Veterinary regulations India, 1925 -
Year: 1925
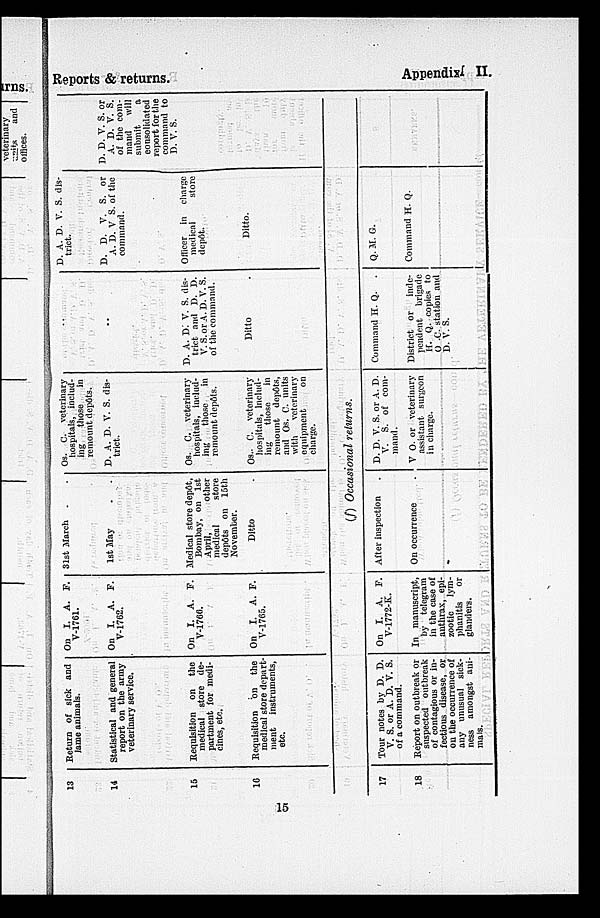
Reports & returns.
Appendix.
II.
13
14
15
16
Return of sick and
lame animals.
Statistical and general
report on the army
veterinary service.
Requisition on the
medical store de-
partment for medi-
cines, etc.
Requisition on the
medical store depart-
ment instruments,
etc.
On I. A. F.
V-1761.
On I. A. F.
V-1762.
On I. A. F.
V-1766.
On I. A. F.
V-1765.
31st March . .
1st May . .
Medical store depôt,
Bombay, on 1st
April,
Other
medical
store
depots on 15th
November. Ditto .
Os. C. veterinary
hospitals, includ-
ing
those
in
remount depôts.
D. A. D. V. S. dis-
trict.
Os. C. veterinary
hospitals, includ-
ing
those
in
remount dcpôts.
Os. C. veterinary
hospitals, includ-
ing
those
in
remount depôts,
and Os. C. units
with
veterinary
equipment
on
charge.
..
..
D. A. D. V. S. dis-
trict and D. D.
V. S. or A. D. V. S.
of the command.
Ditto .
D. A. D. V. S. dis-
trict.
D. D. V. S. or
A. D. V S. of the
command.
Officer in charge
medical
store
dep6t.
Ditto.
D. D. V. S. or
A. D. V. S.
of the com-
mand
will
submit
a
consolidated
report for the
command to
D. V. S.
(f) Occasional returns.
17
18
Tour notes by D. D.
V. S. or A. D. V. S.
of a command.
Report on outbreak or
suspected outbreak
of contagious or in-
fectious disease, or
on the occurrence of
any unusual sick-
ness amongst ani¬
mals.
On I. A. F.
V-1772-K.
In manuscript,
by telegram
in the case of
anthrax, epi-
zootic lym¬
phanitis
or
glanders.
After inspection .
On occurrence .
D. D. V. S. or A. D.
V. S. of com-
mand.
V O. or veterinary
assistant surgeon
in charge.
Command H. Q. .
District or inde-
pendent brigade
H. Q. copies to
O .C. station and
D. V. S.
Q. M. G.
Command H. Q.
15